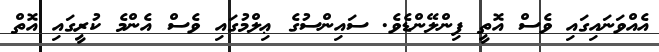
އެއްވަނައިގައި ވެސް އޮތީ ފިންލޭންޑެވެ. ސައިންސުގެ ޢިލްމުގައި ވެސް އެންމެ ކުރީގައި އޮތް